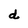
Character: d